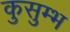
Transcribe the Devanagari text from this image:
कुसुम्भ